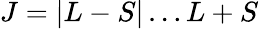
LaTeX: J=|L-S|\dots L+S